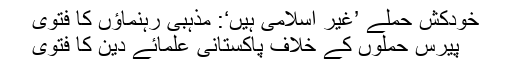
خودکش حملے ’غیر اسلامی ہیں‘: مذہبی رہنماؤں کا فتویٰ
پیرس حملوں کے خلاف پاکستانی علمائے دین کا فتویٰ